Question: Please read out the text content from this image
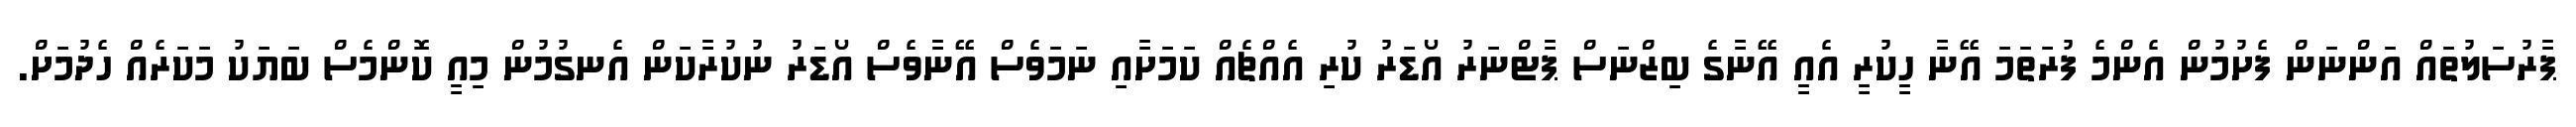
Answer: ޕާރުސަލުތައް އަންނަން ފެށުމުން އެންމެ ފުރަތަމަ އޭނާ ހީކުރީ އެއީ އޭނާގެ ބިޒްނަސް ޕާޓްނަރު އޯޑަރު ކުރި އެއްޗެއް ކަމަށާއި ނަމަވެސް އޭނާވެސް އޯޑަރު ނުކުރާކަން އެނގުމުން މިއީ ކޮންމެސް ބަޔަކު މަކަރެއް ހެދުމަށް.